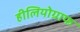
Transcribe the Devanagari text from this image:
हीलियोग्राफ